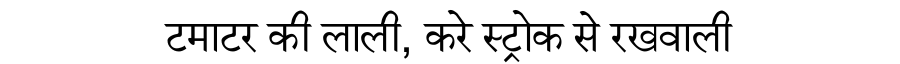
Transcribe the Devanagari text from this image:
टमाटर की लाली, करे स्ट्रोक से रखवाली